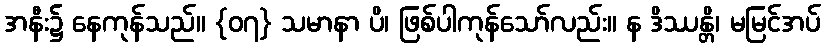
အနီး၌ နေကုန်သည်။ {၀၇} သမာနာ ပိ၊ ဖြစ်ပါကုန်သော်လည်း။ န ဒိဿန္တိ၊ မမြင်အပ်